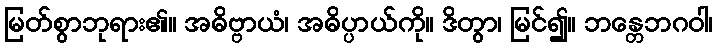
မြတ်စွာဘုရား၏။ အဓိဗ္ဗာယံ၊ အဓိပ္ပာယ်ကို။ ဒိတွာ၊ မြင်၍။ ဘန္တေဘဂဝါ၊